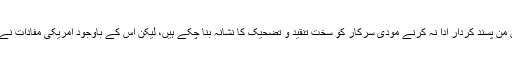
حالاں کہ امریکی صدر بھارت کے افغانستان میں من پسند کردار ادا نہ کرنے مودی سرکار کو سخت تنقید و تضحیک کا نشانہ بنا چکے ہیں، لیکن اس کے باوجود امریکی مفادات نے بھارت کی سازشوں کو پھیلنے کا موقع فراہم کیا۔